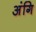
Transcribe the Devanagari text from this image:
अंगि